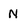
Character: N